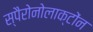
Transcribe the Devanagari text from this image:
स्पैरोनोलाक्टोंन